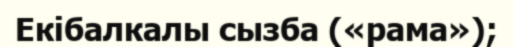
Екібалкалы сызба («рама»);